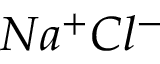
N a ^ { + } C l ^ { - }